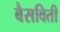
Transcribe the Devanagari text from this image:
बैसविती